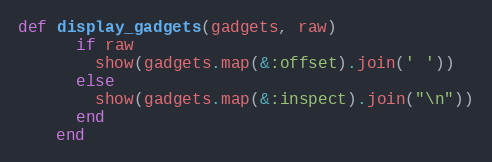
Language: Ruby
def display_gadgets(gadgets, raw)
      if raw
        show(gadgets.map(&:offset).join(' '))
      else
        show(gadgets.map(&:inspect).join("\n"))
      end
    end